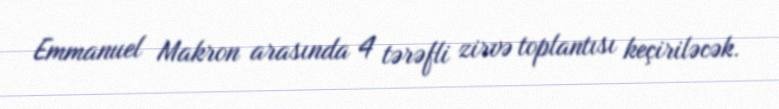
Emmanuel Makron arasında 4 tərəfli zirvə toplantısı keçiriləcək.